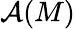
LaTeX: {\mathcal{A}}(M)